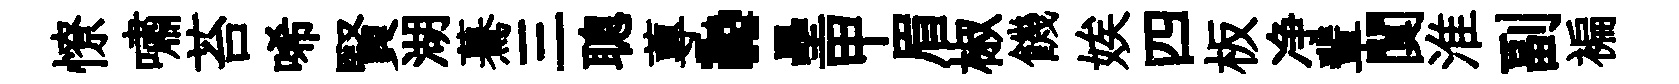
憭嘯苔唏賢湖驀三聰蓴·壘甲眉椒饑娭四板净輩闃淮副褊